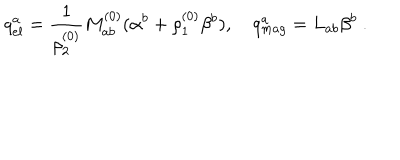
q _ { e l } ^ { a } = { \frac { 1 } { \rho _ { 2 } ^ { ( 0 ) } } } M _ { a b } ^ { ( 0 ) } ( \alpha ^ { b } + \rho _ { 1 } ^ { ( 0 ) } \beta ^ { b } ) , \quad q _ { m a g } ^ { a } = L _ { a b } \beta ^ { b } ~ .